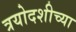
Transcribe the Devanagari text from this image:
त्रयोदशीच्या